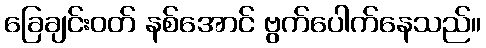
ခြေချင်းဝတ် နစ်အောင် ဗွက်ပေါက်နေသည်။